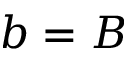
b = B